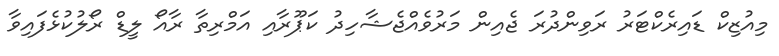
މިއުޒިކް ޑައިރެކްޓަރު ރަވިންދުރަ ޖެއިން މަރުވެއްޖެޝާހިދު ކަޕޫރާއި އަމްރިތާ ރާއޯ ލީޑް ރޯލުކުޅެފައިވާ